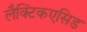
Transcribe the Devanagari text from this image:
लैक्टिकएसिड